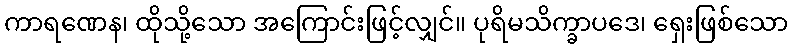
ကာရဏေန၊ ထိုသို့သော အကြောင်းဖြင့်လျှင်။ ပုရိမသိက္ခာပဒေ၊ ရှေးဖြစ်သော